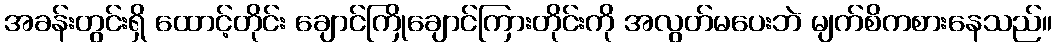
အခန်းတွင်းရှိ ထောင့်တိုင်း ချောင်ကြိုချောင်ကြားတိုင်းကို အလွတ်မပေးဘဲ မျက်စိကစားနေသည်။